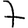
Digit: 7